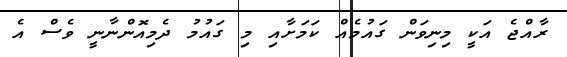
ރާއްޖެ އަކީ މިނިވަން ގައުމެއް ކަމަށާއި މި ގައުމު ދެމިއޮންނާނީ ވެސް އެ